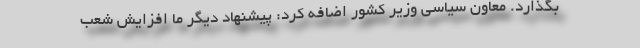
بگذارد. معاون سیاسی وزیر کشور اضافه کرد: پیشنهاد دیگر ما افزایش شعب